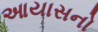
આયાસનો